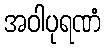
အဝါပုရဏံ